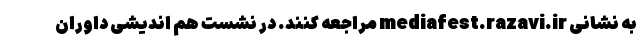
به نشانی mediafest.razavi.ir مراجعه کنند. در نشست هم اندیشی داوران